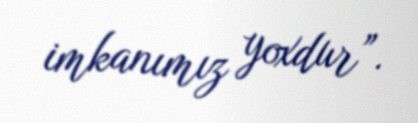
imkanımız yoxdur”.